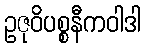
ဥဇုဝိပစ္စနီကဝါဒါ